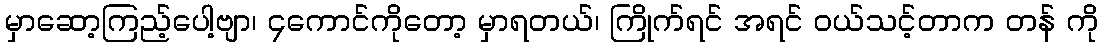
မှာဆော့ကြည့်ပေါ့ဗျာ၊ ၄ကောင်ကိုတော့ မှာရတယ်၊ ကြိုက်ရင် အရင် ဝယ်သင့်တာက တန် ကို